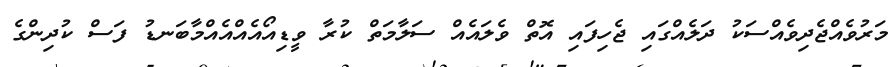
މަރުވެއްޖެދިވެއްސަކު ދަލެއްގައި ޖެހިފައި އޮތް ވެލައެއް ސަލާމަތް ކުރާ ވީޑިއޯއެއްއެއްމާބަނޑު ފަސް ކުދިންގެ